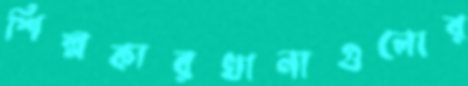
শিল্পকারখানাগুলোর